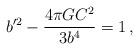
LaTeX: \begin{align*}b'^2 - {4\pi GC^2 \over 3b^4} = 1\,,\end{align*}